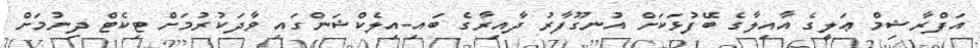
އަފްރާޝިމް ޢަލީގެ އާއިލާގެ ބޭފުޅަކަށް އުނގޫފާރު ދާއިރާގެ ބައި-އިލެކްޝަންގައި ވާދަކުރުމަށް ޓިކެޓް ދިނުމަށް